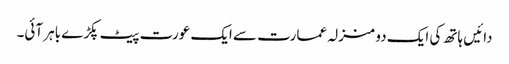
دائیں ہاتھ کی ایک دو منزلہ عمارت سے ایک عورت پیٹ پکڑے باہر آئی۔